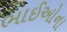
ભાઈઓના